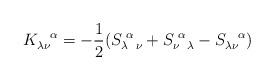
LaTeX: \begin{align*}K_{\lambda \nu}^{\hspace{.3 true cm}\alpha} =-\frac{1}{2}(S_{\lambda \hspace{.2 true cm} \nu}^{\hspace{.1 truecm} \alpha} + S_{\nu \hspace{.2 true cm} \lambda}^{\hspace{.1 truecm} \alpha} - S_{\lambda \nu}^{\hspace{.3 true cm} \alpha})\end{align*}